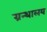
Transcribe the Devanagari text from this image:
ग्रन्‍थालय